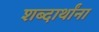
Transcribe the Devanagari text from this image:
शब्दार्थांना